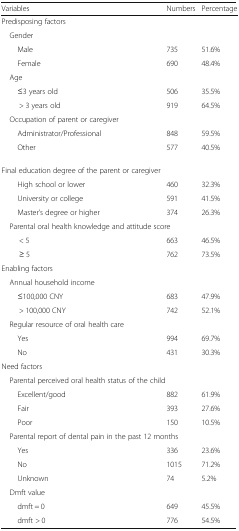
<table><thead><tr><td><b>Variables</b></td><td><b>Numbers</b></td><td><b>Percentage</b></td></tr></thead><tbody><tr><td colspan="3">Predisposing factors</td></tr><tr><td colspan="3"> Gender</td></tr><tr><td>Male</td><td>735</td><td>51.6%</td></tr><tr><td>Female</td><td>690</td><td>48.4%</td></tr><tr><td colspan="3"> Age</td></tr><tr><td>≤3 years old</td><td>506</td><td>35.5%</td></tr><tr><td>&gt; 3 years old</td><td>919</td><td>64.5%</td></tr><tr><td colspan="3"> Occupation of parent or caregiver</td></tr><tr><td>Administrator/Professional</td><td>848</td><td>59.5%</td></tr><tr><td>Other</td><td>577</td><td>40.5%</td></tr><tr><td> Final education degree of the parent or caregiver</td><td></td><td></td></tr><tr><td>High school or lower</td><td>460</td><td>32.3%</td></tr><tr><td>University or college</td><td>591</td><td>41.5%</td></tr><tr><td>Master’s degree or higher</td><td>374</td><td>26.3%</td></tr><tr><td colspan="3"> Parental oral health knowledge and attitude score</td></tr><tr><td>&lt; 5</td><td>663</td><td>46.5%</td></tr><tr><td>≥ 5</td><td>762</td><td>73.5%</td></tr><tr><td colspan="3">Enabling factors</td></tr><tr><td colspan="3"> Annual household income</td></tr><tr><td>≤100,000 CNY</td><td>683</td><td>47.9%</td></tr><tr><td>&gt; 100,000 CNY</td><td>742</td><td>52.1%</td></tr><tr><td colspan="3"> Regular resource of oral health care</td></tr><tr><td>Yes</td><td>994</td><td>69.7%</td></tr><tr><td>No</td><td>431</td><td>30.3%</td></tr><tr><td colspan="3">Need factors</td></tr><tr><td colspan="3"> Parental perceived oral health status of the child</td></tr><tr><td>Excellent/good</td><td>882</td><td>61.9%</td></tr><tr><td>Fair</td><td>393</td><td>27.6%</td></tr><tr><td>Poor</td><td>150</td><td>10.5%</td></tr><tr><td colspan="3"> Parental report of dental pain in the past 12 months</td></tr><tr><td>Yes</td><td>336</td><td>23.6%</td></tr><tr><td>No</td><td>1015</td><td>71.2%</td></tr><tr><td>Unknown</td><td>74</td><td>5.2%</td></tr><tr><td colspan="3"> Dmft value</td></tr><tr><td>dmft = 0</td><td>649</td><td>45.5%</td></tr><tr><td>dmft &gt; 0</td><td>776</td><td>54.5%</td></tr></tbody></table>